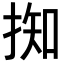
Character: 𢯙